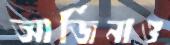
আর্জিনাও